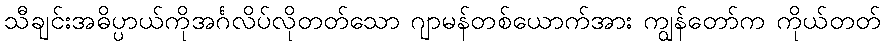
သီချင်းအဓိပ္ပာယ်ကိုအင်္ဂလိပ်လိုတတ်သော ဂျာမန်တစ်ယောက်အား ကျွန်တော်က ကိုယ်တတ်